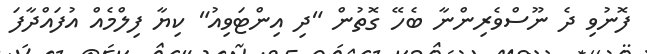
ފޮނުވި ދެ ނޫސްވެރިންނާ ބެހޭ ގޮތުން "ދި އިންޓަވިއު" ކިޔާ ފިލްމެއް އުފައްދާފަ